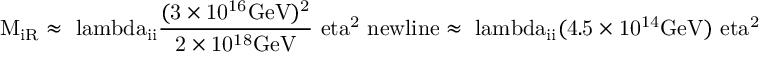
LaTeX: \mathrm { M _ { i R } \approx \ l a m b d a _ { i i } \frac { ( 3 \times 1 0 ^ { 1 6 } G e V ) ^ { 2 } } { 2 \times 1 0 ^ { 1 8 } G e V } \ e t a ^ { 2 } \ n e w l i n e \approx \ l a m b d a _ { i i } ( 4 . 5 \times 1 0 ^ { 1 4 } G e V ) \ e t a ^ { 2 } }